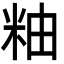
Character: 粙